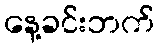
နေ့ခင်းဘက်